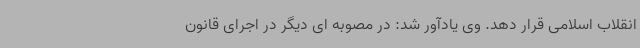
انقلاب اسلامی قرار دهد. وی یادآور شد: در مصوبه ای دیگر در اجرای قانون